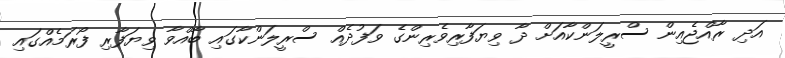
އަދި ރާއްޖެއިން ސްރީލަންކާއަށް ދާ ވިޔަފާރިވެރިންގެ ވަފުދެއް ސްރީލަންކާގައި ބާއްވާ ވިޔަފާރި ފޯރަމެއްގައި